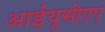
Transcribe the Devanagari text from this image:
आईयूसीएए